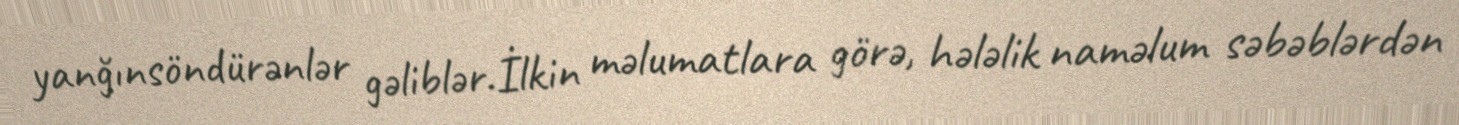
yanğınsöndürənlər gəliblər.İlkin məlumatlara görə, hələlik naməlum səbəblərdən